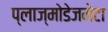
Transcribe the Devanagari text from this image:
प्लाज्मोडेजमेटा